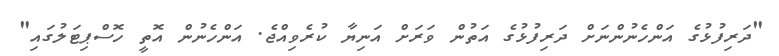
"ދަރިފުޅުގެ އަންހެނުންނަށް ދަރިފުޅުގެ އަތުން ވަރަށް އަނިޔާ ކުރެވިއްޖެ. އަންހެނުން އޮތީ ހޮސްޕިޓަލުގައި"